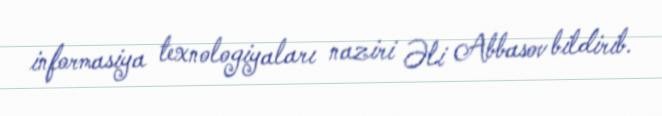
informasiya texnologiyaları naziri Əli Abbasov bildirib.